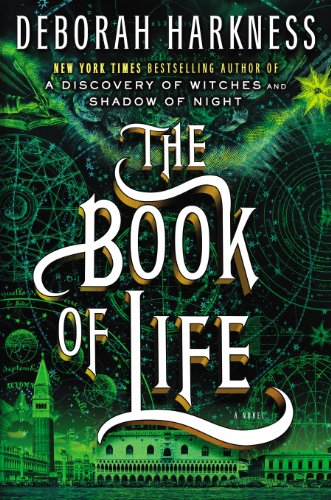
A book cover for The Book of Life (All Souls); Deborah Harkness; Romance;